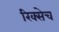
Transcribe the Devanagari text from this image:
रिक्सेच